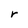
Character: r